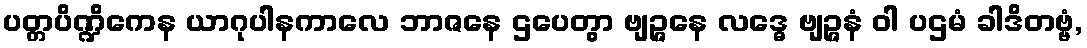
ပတ္တပိဏ္ဍိကေန ယာဂုပါနကာလေ ဘာဇနေ ဌပေတွာ ဗျဉ္ဇနေ လဒ္ဓေ ဗျဉ္ဇနံ ဝါ ပဌမံ ခါဒိတဗ္ဗံ,